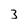
Character: 3